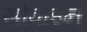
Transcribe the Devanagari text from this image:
सोवाइन